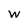
Character: W